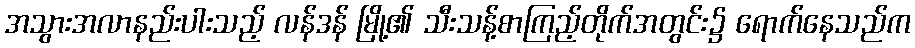
အသွားအလာနည်းပါးသည့် လန်ဒန် မြို့၏ သီးသန့်စာကြည့်တိုက်အတွင်း၌ ရောက်နေသည်က